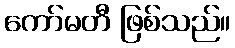
ကော်မတီ ဖြစ်သည်။